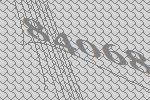
84068